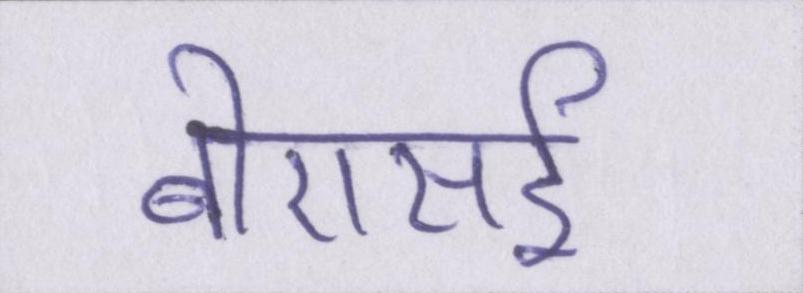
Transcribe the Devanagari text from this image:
बीएसई